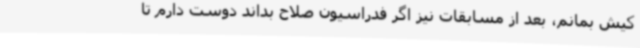
کیش بمانم، بعد از مسابقات نیز اگر فدراسیون صلاح بداند دوست دارم تا